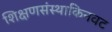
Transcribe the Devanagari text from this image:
शिक्षणसंस्थाकिनवट